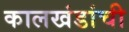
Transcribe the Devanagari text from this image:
कालखंडांची